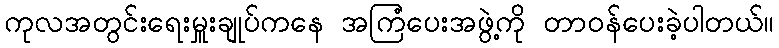
ကုလအတွင်းရေးမှူးချုပ်ကနေ အကြံပေးအဖွဲ့ကို တာဝန်ပေးခဲ့ပါတယ်။